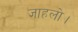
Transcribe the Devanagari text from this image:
जाहलो।